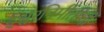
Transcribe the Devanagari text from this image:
ईश्वरनिर्मीतीची